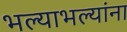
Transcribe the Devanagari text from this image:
भल्याभल्यांना